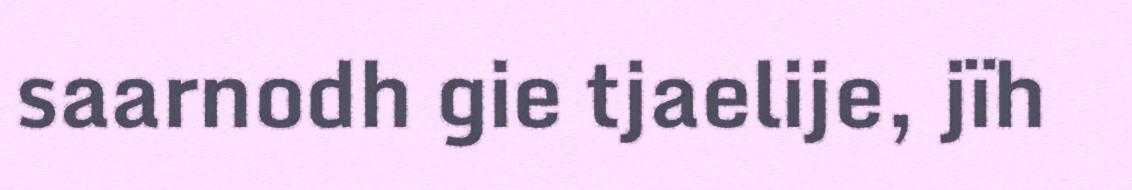
saarnodh gie tjaelije, jïh